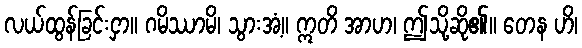
လယ်ထွန်ခြင်းငှာ။ ဂမိဿာမိ၊ သွားအံ့။ ဣတိ အာဟ၊ ဤသို့ဆို၏။ တေန ဟိ၊